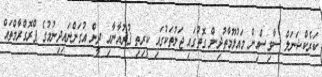
ކަރެކްޝަނަލް ސާވިސްއިން މައުލޫމާތުދިން ގޮތުގައި ޖަލުތަކުގައި ކީރިތި ޤުރުއާނާއި ދީން އުގަންނައިދިނުމުގެ ޕްރޮގްރާމްތައް